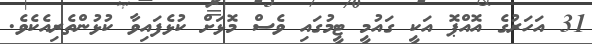
31 އަހަރުގެ އޮއްޕޮ އަކީ ގައުމީ ޓީމުގައި ވެސް މޮޅަށް ކުޅެފައިވާ ކުޅުންތެރިއެކެވެ.